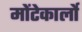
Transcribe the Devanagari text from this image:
मोंटेकार्लो